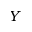
Y